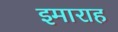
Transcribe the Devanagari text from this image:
इमाराह